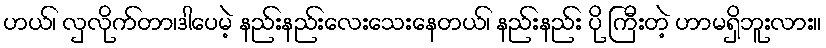
ဟယ်၊ လှလိုက်တာ၊ဒါပေမဲ့ နည်းနည်းလေးသေးနေတယ်၊ နည်းနည်း ပို ကြီးတဲ့ ဟာမရှိဘူးလား။